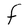
Character: F